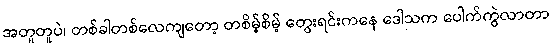
အတူတူပဲ၊ တစ်ခါတစ်လေကျတော့ တစိမ့်စိမ့် တွေးရင်းကနေ ဒေါသက ပေါက်ကွဲလာတာ